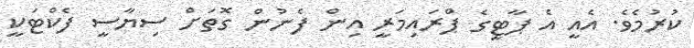
ކުރުމެވެ. އެއީ އެ ޕާޓީގެ ޕްރައިމަރީ އިން ފެނުން ގޮތަށް ސިޔާސީ ފެކްޓަކީ